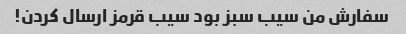
سفارش من سیب سبز بود سیب قرمز ارسال کردن!